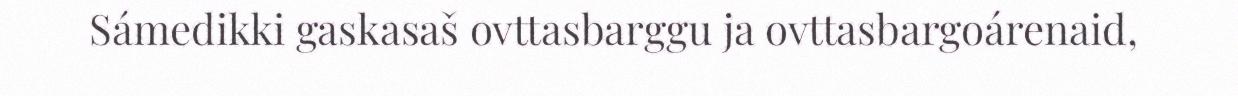
Sámedikki gaskasaš ovttasbarggu ja ovttasbargoárenaid,